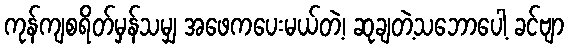
ကုန်ကျစရိတ်မှန်သမျှ အဖေကပေးမယ်တဲ့၊ ဆုချတဲ့သဘောပေါ့ ခင်ဗျာ